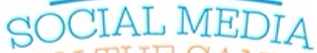
SOCIAL MEDIA